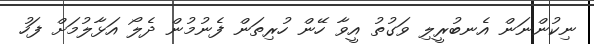
ނިކުންނަން އެނބުރީލި ވަގުތު އީވާ ހޭން ހުރިތަން ފެނުމުން ދެލޯ އަޅާލުމަށް ފަހު